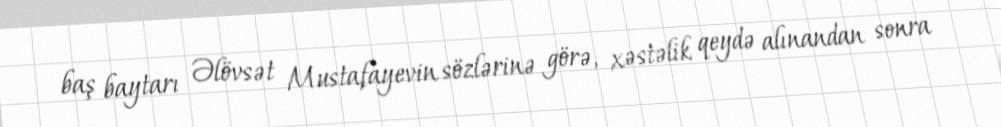
baş baytarı Əlövsət Mustafayevin sözlərinə görə, xəstəlik qeydə alınandan sonra